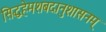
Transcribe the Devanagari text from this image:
सिद्धहेमशबदानुशासनम्